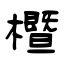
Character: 櫭